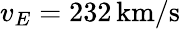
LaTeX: v_{E}=232\, \mathrm{km}/\mathrm{s}